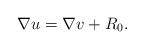
LaTeX: \begin{align*}\nabla u = \nabla v + R_0.\end{align*}